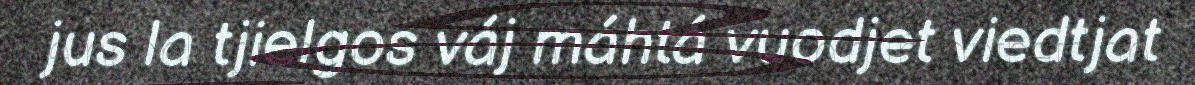
jus la tjielgos váj máhtá vuodjet viedtjat